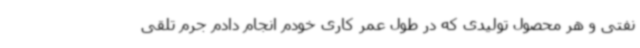
نفتی و هر محصول تولیدی که در طول عمر کاری خودم انجام دادم جرم تلقی